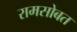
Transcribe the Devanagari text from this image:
रामसोबत